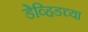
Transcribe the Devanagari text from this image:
डेव्हिडच्या